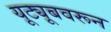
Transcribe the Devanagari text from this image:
यूट्यूबवरून